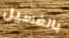
بالغسيل